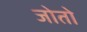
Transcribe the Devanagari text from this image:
जोतो